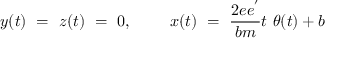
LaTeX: y ( t ) ~ = ~ z ( t ) ~ = ~ 0 , ~ ~ ~ ~ ~ ~ ~ x ( t ) ~ = ~ { \frac { 2 e e ^ { ' } } { b m } } t ~ \theta ( t ) + b